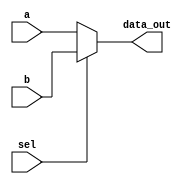
`timescale 1ns / 1ps
//////////////////////////////////////////////////////////////////////////////////
// Company: 
// Engineer: 
// 
// Design Name: 
// Module Name: MUX
// Project Name: 
// Target Devices: 
// Tool Versions: 
// Description: 
// 
// Dependencies: 
// 
// Revision:
// Revision 0.01 - File Created
// Additional Comments:
// 
//////////////////////////////////////////////////////////////////////////////////

module Mux
(
	input [63:0] a,
	input [63:0] b,
	input  sel,
	
	output reg [63:0]data_out
);

//assign data_out = sel? b:a ;

always @ (a, b, sel)
begin
	if (!sel)
		data_out = a;
	else
		data_out = b;
end

endmodule